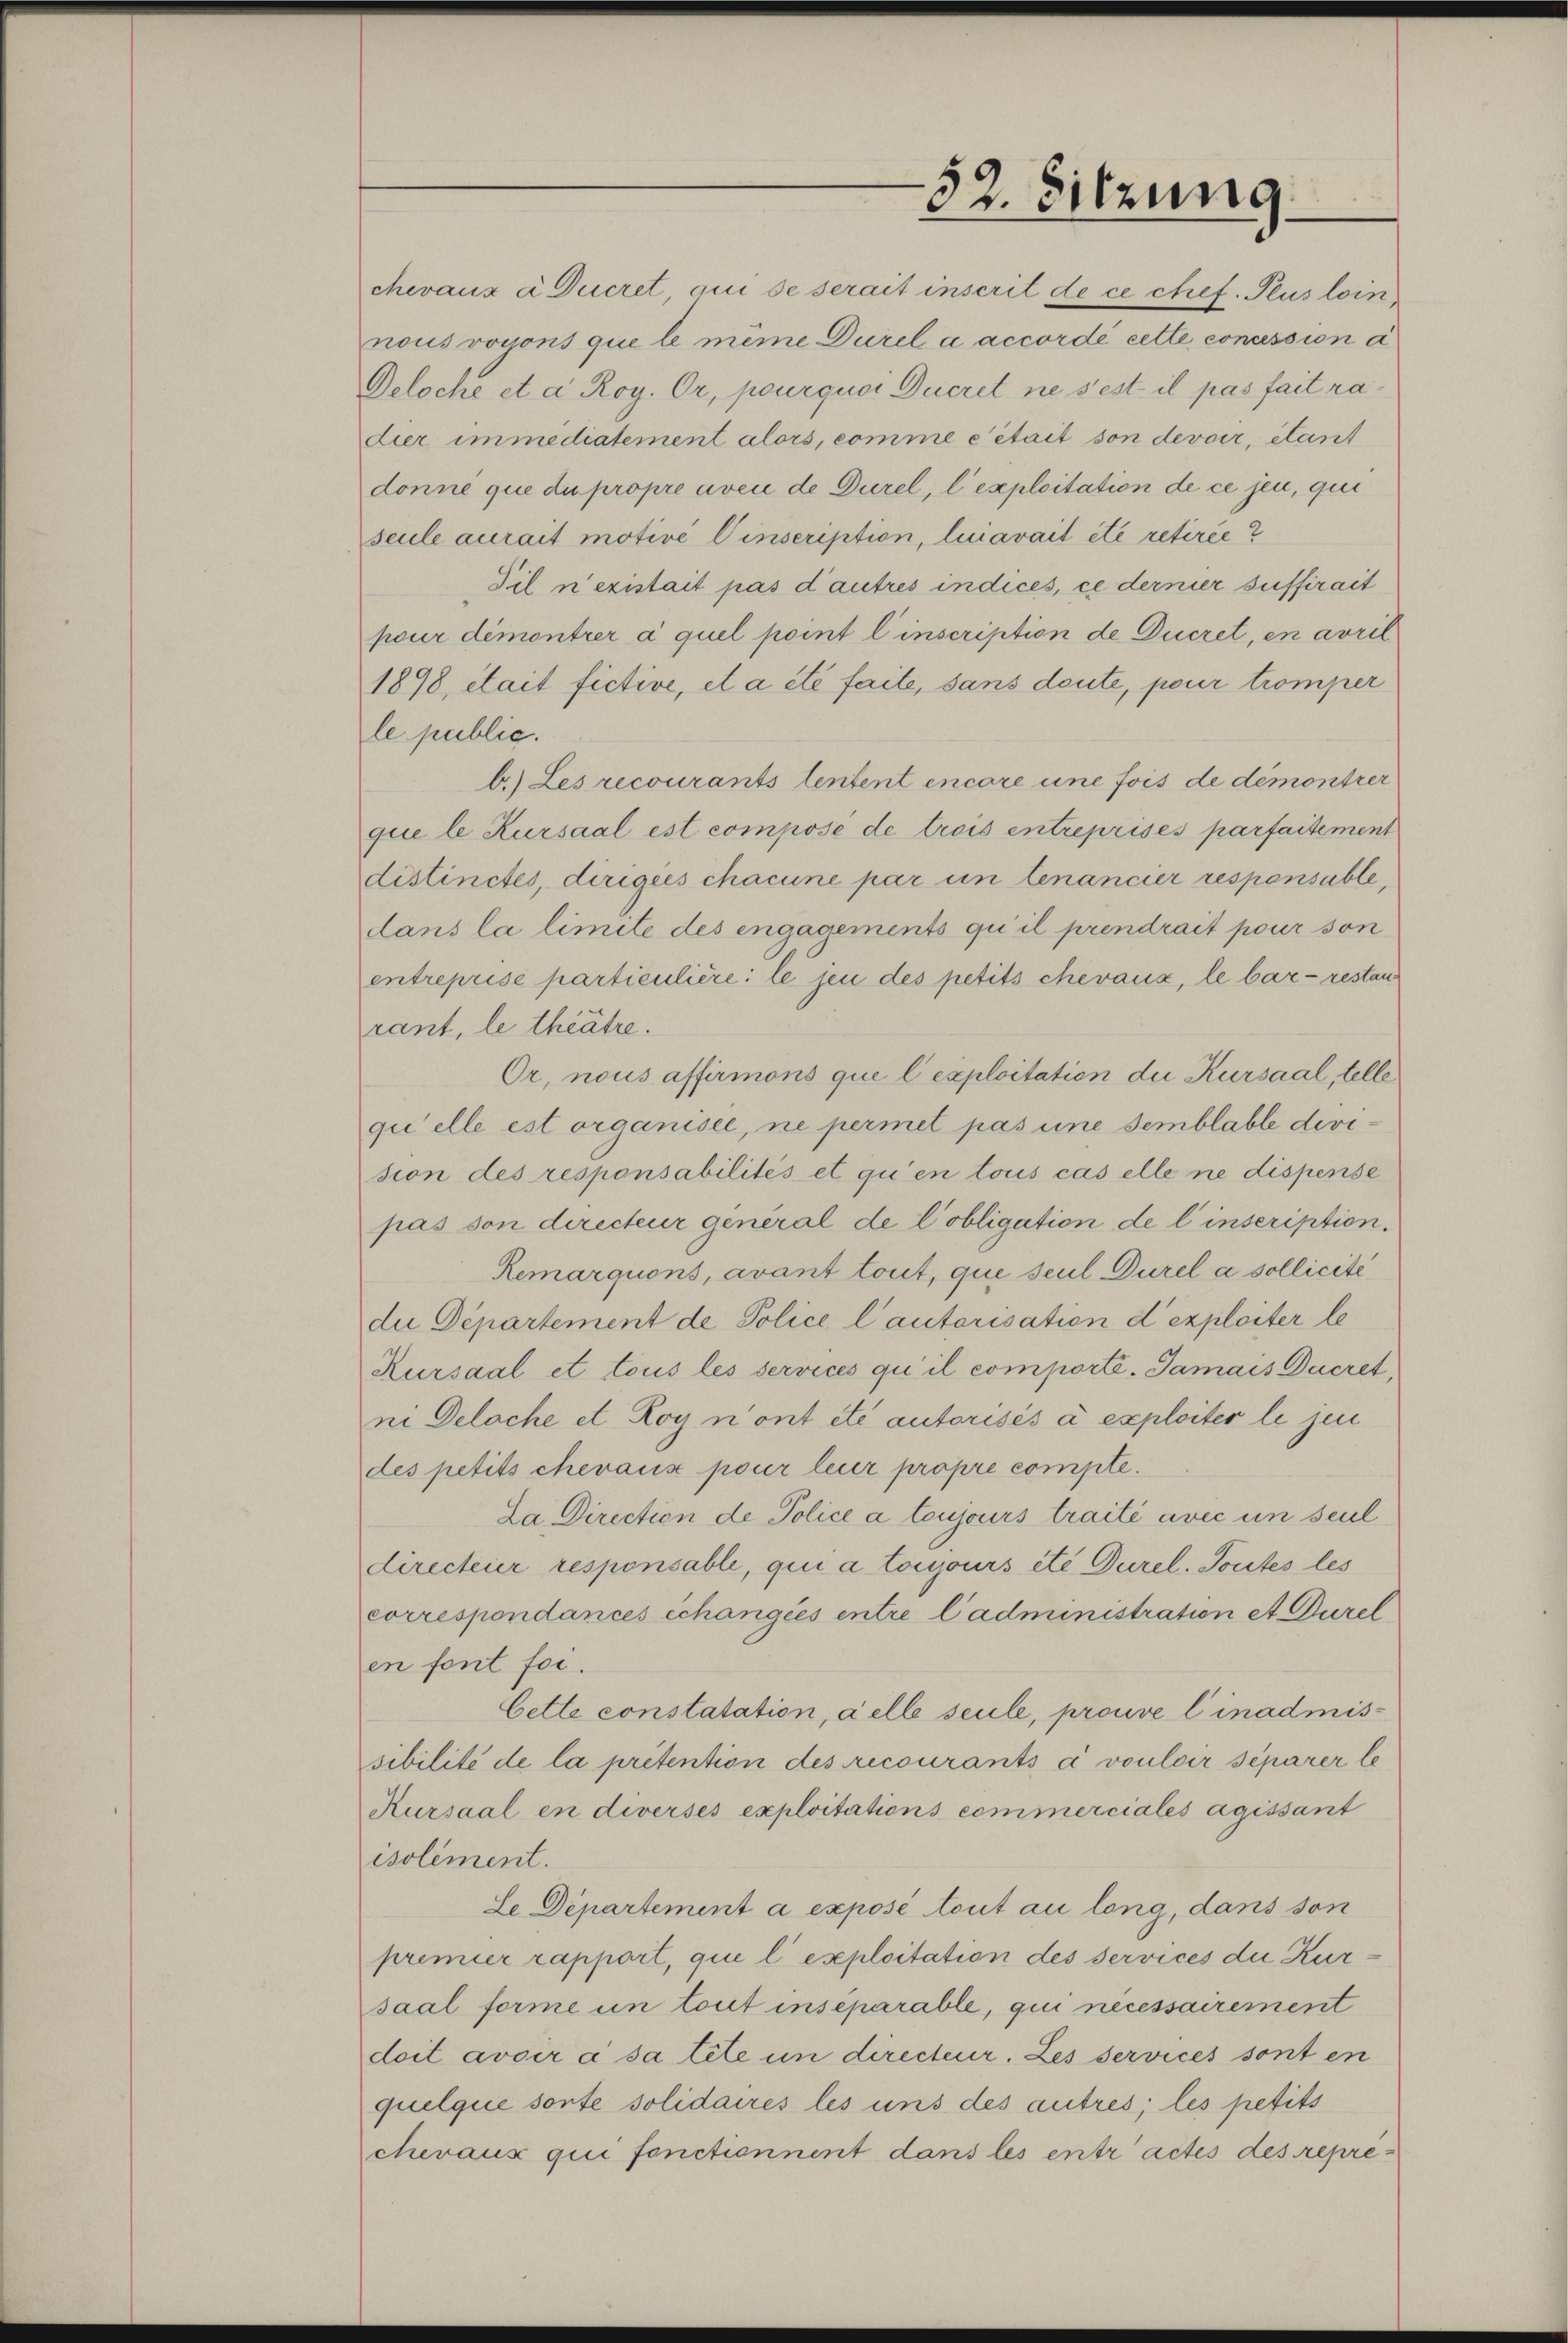
52. Sitzung.

nous voyons que le même Durel à accordé cette concession a
Deloche et a Roy. Or, pourquoi Decret ne s’est il pas fait radier immediatement alors, comme e était son devoir étant
donné que du propre aven de Durel, l’exploitation de ce jene, qui
seule aurait motive Einscription, lui avait été retirée?
Til n’existait pas d’autres indices, ce dernier suffirait
pour démontrer à quel point l’inscription de Ducret, en avril
1898, était fictive, et a été faite, sans deute, pour tromper
le public.
b.) Les recourants tentent encore une fois de demontrer
que le Kursaal est composé de trois entreprises parfaitement
distinctes, dirigées chacune par un tenancier responsable,
dans la limite des engagements qui il prendrait pour son
entreprise particuliere: le jen des petits chevaux, le bar - restan
rant, le theätre.
Or, nous affirmons que l’exploitation die Kursaal, telle
qui elle est organisée, ne permet pas eine semblable devision des responsabilités et qu’en tous cas elle ne dispense
pas von directeur general de l’obligation de l’inscription.
Remarquons, avant tout, que seul Durel a sollicité
due Departement de Police l’autorisation d’exploiter le
Rursaal et tous les services qu’il comporté. Samais Ducret,
ni Delache et Roy n’ont été autorisés à exploiter le jen
des petits chevaux pour leur propre compte.
La Direction de Police à toujours traité avec un seul
directeur responsable, qui a toujours été Durel. Toutes les
correspondances échangées entre l’administration et Purel
en font foi.
Cette constatation, à elle seule, prouvel inadmissibilité de la prétention des recourants à vouloir separer le
Kursaal en diversés exploitations commerciales agissant
isolement.
Le Departement à exposé tout au long, dans son
premier rapport, que l’exploitation des services die Kursaal forme un tout inséparable, qui necessairement
doit avoir à sa tete in directeur. Les services sont en
quelque sonte solidaires les uns des autres; les petits
chevaux qui fonctionnent dans les entractes des repre¬

chevaux à Ducret qui se serait inscrit de ce chef. Plus loin